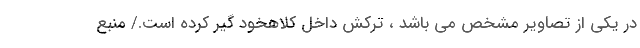
در یکی از تصاویر مشخص می باشد ، ترکش داخل کلاهخود گیر کرده است./ منبع